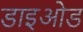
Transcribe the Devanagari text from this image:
डाइओड